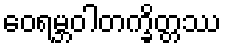
ဝေရမ္ဘဝါတက္ခိတ္တဿ